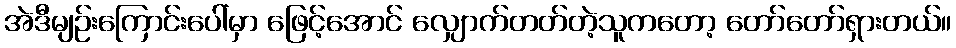
အဲဒီမျဉ်းကြောင်းပေါ်မှာ ဖြေင့်အောင် လျှောက်တတ်တဲ့သူကတော့ တော်တော်ရှားတယ်။